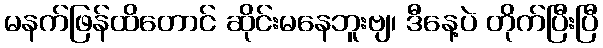
မနက်ဖြန်ထိတောင် ဆိုင်းမနေဘူးဗျ၊ ဒီနေ့ပဲ တိုက်ပြီးပြီ